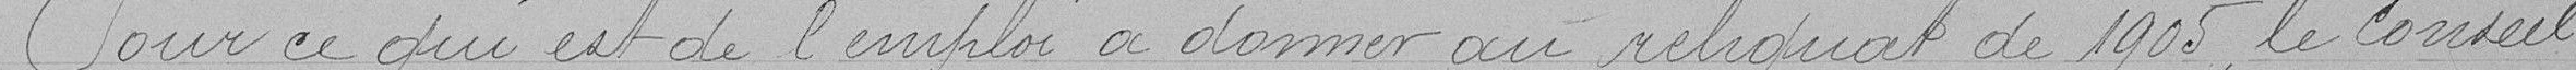
Pour ce qui est de l'emploi à donner au reliquat de 1905, le conseil